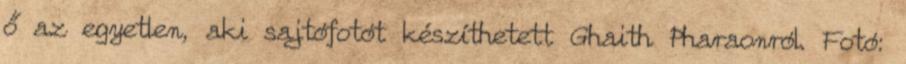
ő az egyetlen, aki sajtófotót készíthetett Ghaith Pharaonról. Fotó: